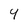
Character: 4